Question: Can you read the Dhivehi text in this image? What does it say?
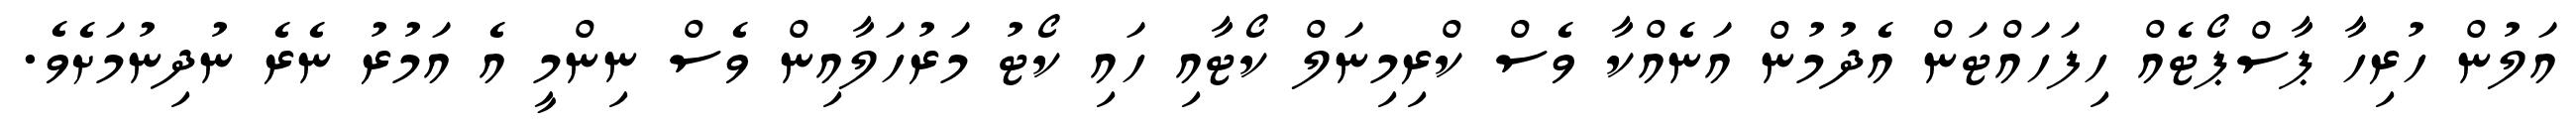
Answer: އަލުން ހުރިހާ ޕާސްޕޯޓެއް ހިފަހައްޓަން އެދުމުން އަނެއްކާ ވެސް ކްރިމިނަލް ކޯޓާއި ހައި ކޯޓު މަރުހަލާއިން ވެސް ނިންމީ އެ އަމުރު ނެރެ ނުދިނުމަށެވެ.